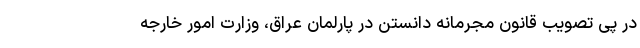
در پی تصویب قانون مجرمانه دانستن در پارلمان عراق، وزارت امور خارجه